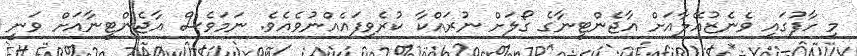
މި ހާފުގައި ވެނެޒުއޭލާއަށް އާޖެންޓީނާގެ ގޯލަށް ނުރައްކާ ކުރެވިފައެއްނުވެއެވެ. ނަމަވެސް އާޖެންޓީނާއަށް ވަނީ